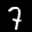
Label: 7